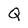
Character: Q